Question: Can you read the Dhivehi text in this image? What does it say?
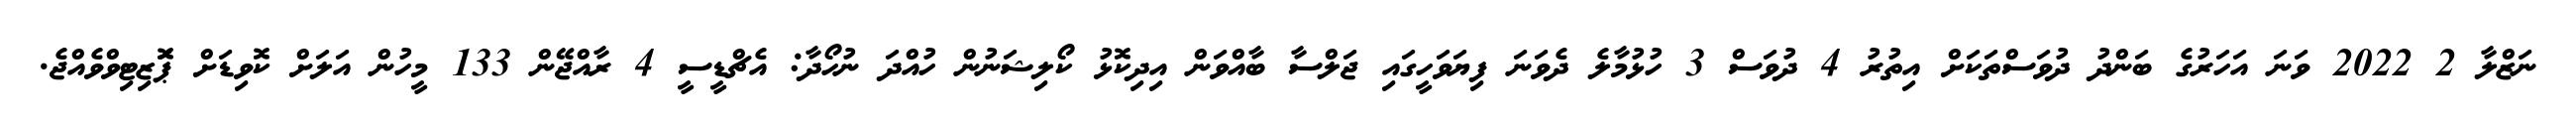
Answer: ނަޒްލާ 2 2022 ވަނަ އަހަރުގެ ބަންދު ދުވަސްތަކަށް އިތުރު 4 ދުވަސް 3 ހުޅުމާލެ ދެވަނަ ފިޔަވަހީގައި ޖަލްސާ ބާއްވަން އިދިކޮޅު ކޯލިޝަނުން ހުއްދަ ނުހޯދާ: އެޗްޑީސީ 4 ރާއްޖޭން 133 މީހުން އަލަށް ކޮވިޑަށް ޕަޮޒިޓިވްވެއްޖެ.